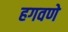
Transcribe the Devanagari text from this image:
हगवणे